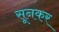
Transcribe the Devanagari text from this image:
सूनकर